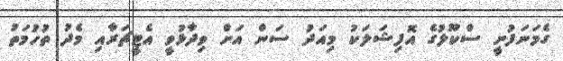
ގެމަނަފުށީ ސްކޫލުގެ އޮފިޝަލަކު މިއަދު ސަން އަށް ވިދާޅުވީ އެޓީޗަރާއި މެދު ތުހުމަތު